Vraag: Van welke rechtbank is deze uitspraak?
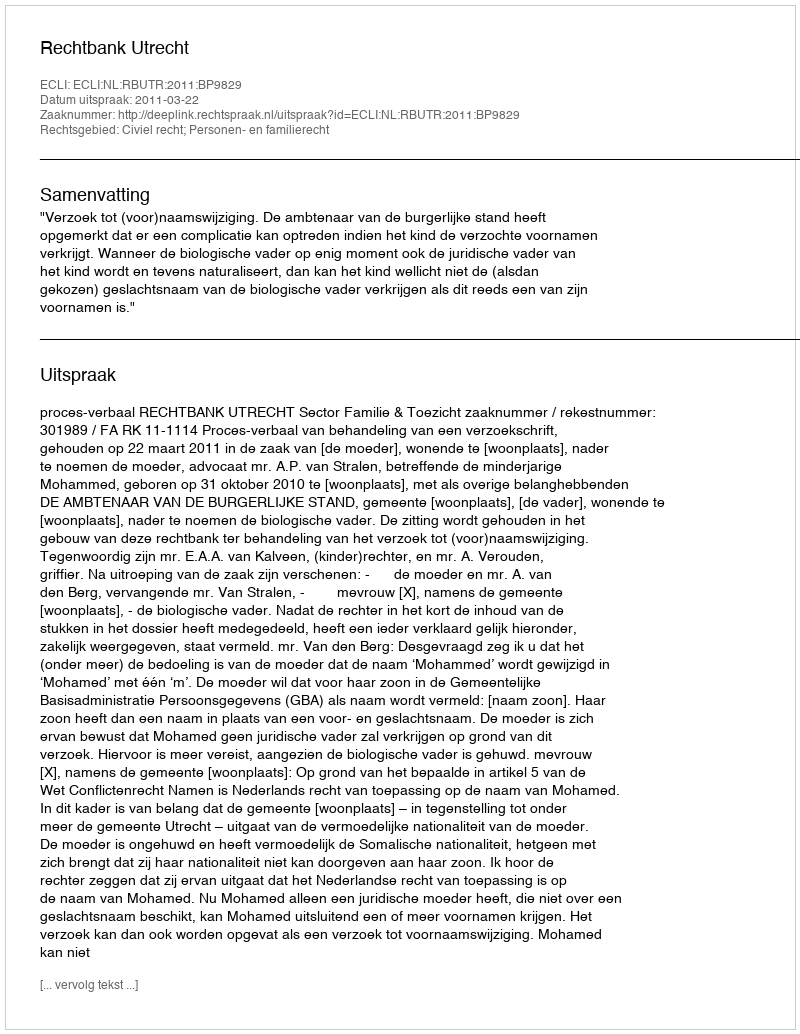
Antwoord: Rechtbank Utrecht